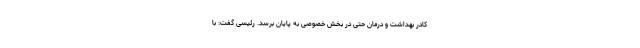
کادر بهداشت و درمان حتی در بخش خصوصی به پایان برسد. رئیسی گفت: با